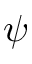
\psi